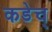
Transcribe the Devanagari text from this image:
कडेच्